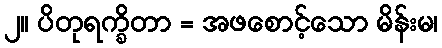
၂။ ပိတုရက္ခိတာ = အဖစောင့်သော မိန်းမ၊